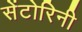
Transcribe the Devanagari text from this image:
सेंटोरिनी